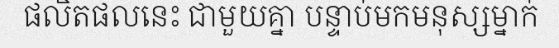
ផលិតផលនេះ ជាមួយគ្នា បន្ទាប់មកមនុស្សម្នាក់